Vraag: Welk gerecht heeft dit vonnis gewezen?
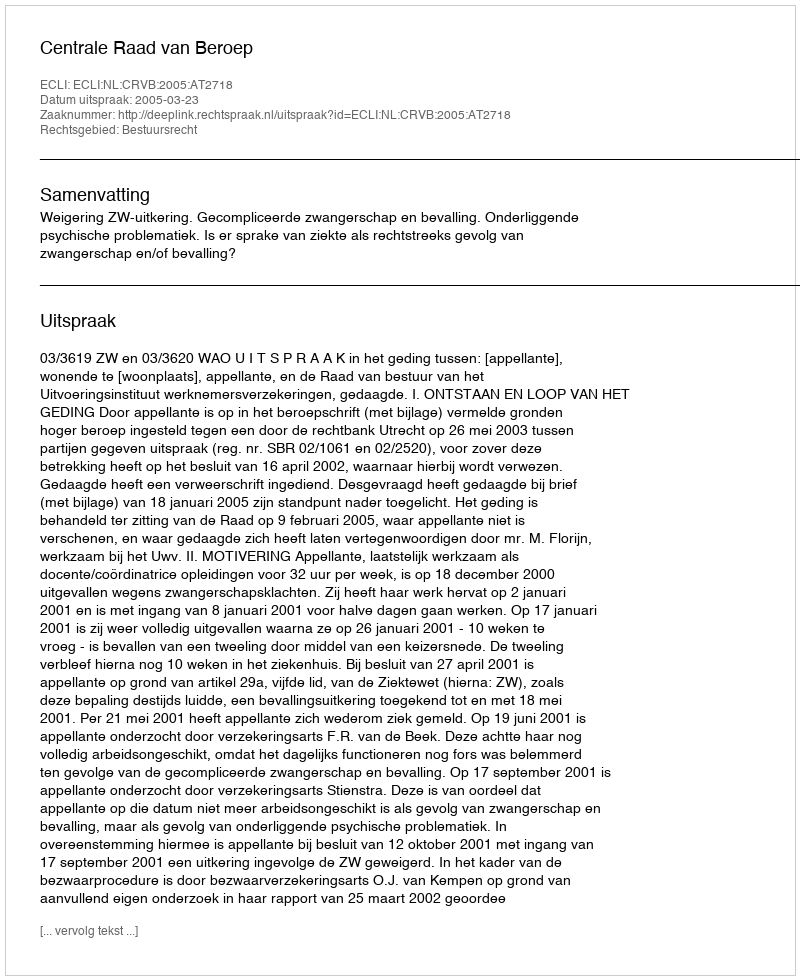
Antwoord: Centrale Raad van Beroep